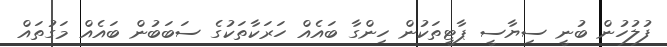
ފުލުހުން ބުނީ ސިޔާސީ ޕާޓީތަކުން ހިންގާ ބައެއް ހަރަކާތަކުގެ ސަބަބުން ބައެއް މަގުތައް